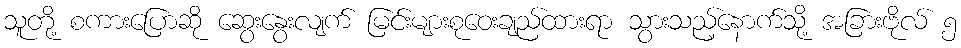
သူတို့ စကားပြောဆို ဆွေးနွေးလျက် မြင်းများစုဝေးချည်ထားရာ သွားသည့်နောက်သို့ အခြားဗိုလ် ၅